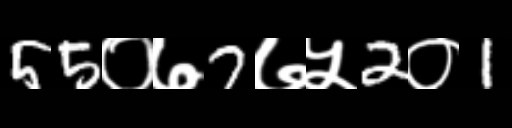
Text: 55०७7७५2०1